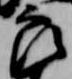
郎